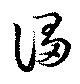
謅